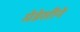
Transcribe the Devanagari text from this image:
मेडेसीने